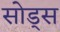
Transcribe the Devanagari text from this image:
सोड्स